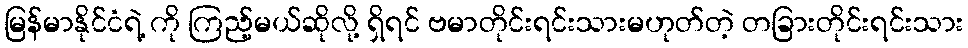
မြန်မာနိုင်ငံရဲ့ ကို ကြည့်မယ်ဆိုလို့ ရှိရင် ဗမာတိုင်းရင်းသားမဟုတ်တဲ့ တခြားတိုင်းရင်းသား